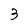
Character: 3